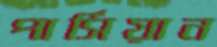
পার্সিয়ান